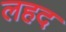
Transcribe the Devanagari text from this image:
लहद